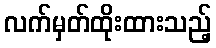
လက်မှတ်ထိုးထားသည့်